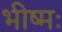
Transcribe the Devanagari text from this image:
भीष्मः